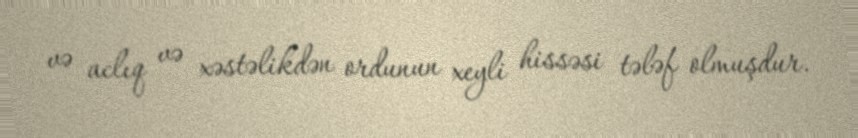
və aclıq və xəstəlikdən ordunun xeyli hissəsi tələf olmuşdur.